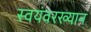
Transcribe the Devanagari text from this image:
स्वयंवरख्यान